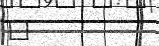
٩